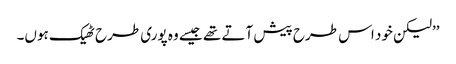
’’لیکن خود اس طرح پیش آتے تھے جیسے وہ پوری طرح ٹھیک ہوں۔